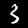
Label: 3